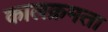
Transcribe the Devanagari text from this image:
कालक्रमता